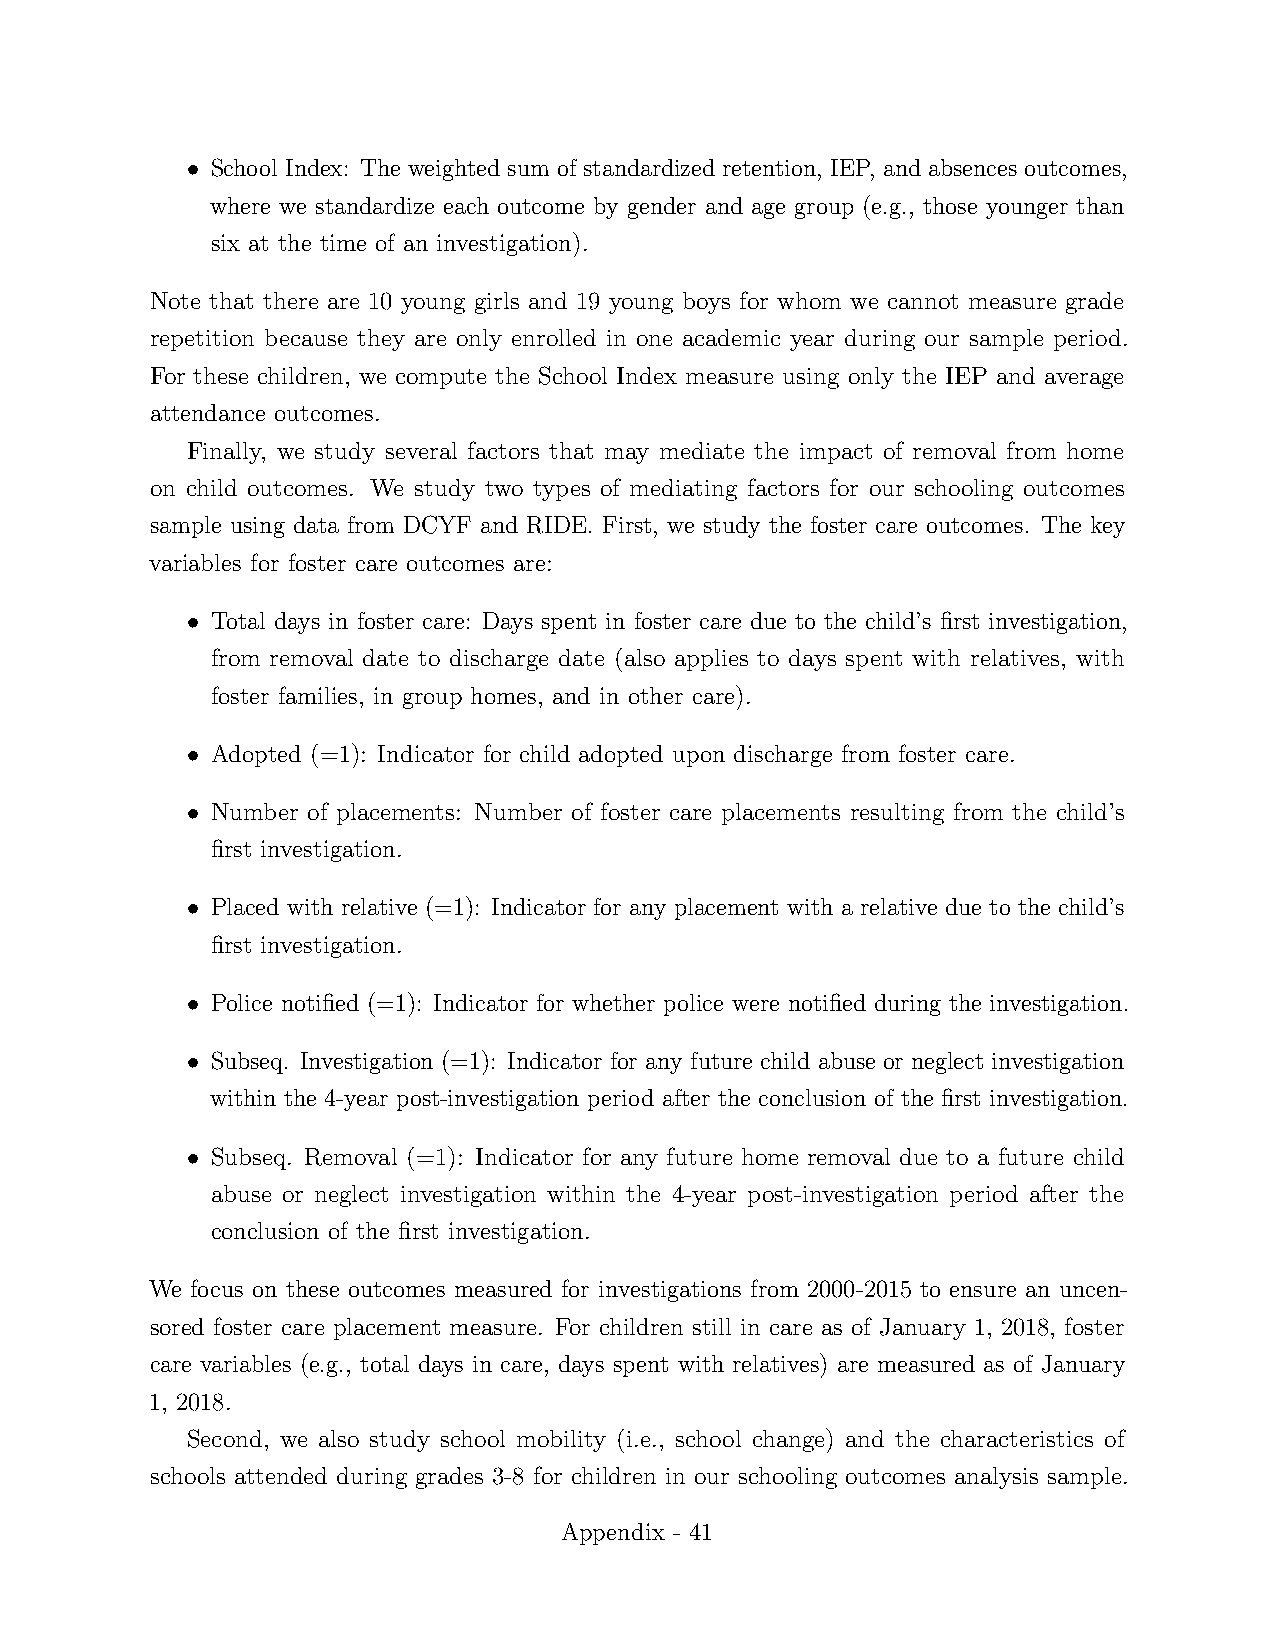
•
 School Index: The weighted sum of standardized retention, IEP, and absences outcomes,
 where we standardize each outcome by gender and age group (e.g., those younger than
 six at the time of an investigation).
 Note that there are 10 young girls and 19 young boys for whom we cannot measure grade
 repetition because they are only enrolled in one academic year during our sample period.
 For these children, we compute the School Index measure using only the IEP and average
 attendance outcomes.
 Finally, we study several factors that may mediate the impact of removal from home
 on child outcomes. We study two types of mediating factors for our schooling outcomes
 sample using data from DCYF and RIDE. First, we study the foster care outcomes. The key
 variables for foster care outcomes are:
 •
 Total days in foster care: Days spent in foster care due to the child’s first investigation,
 from removal date to discharge date (also applies to days spent with relatives, with
 foster families, in group homes, and in other care).
 •
 Adopted (=1): Indicator for child adopted upon discharge from foster care.
 •
 Number of placements: Number of foster care placements resulting from the child’s
 first investigation.
 •
 Placed with relative (=1): Indicator for any placement with a relative due to the child’s
 first investigation.
 •
 Police notified (=1): Indicator for whether police were notified during the investigation.
 •
 Subseq. Investigation (=1): Indicator for any future child abuse or neglect investigation
 within the 4-year post-investigation period after the conclusion of the first investigation.
 •
 Subseq. Removal (=1): Indicator for any future home removal due to a future child
 abuse or neglect investigation within the 4-year post-investigation period after the
 conclusion of the first investigation.
 We focus on these outcomes measured for investigations from 2000-2015 to ensure an uncen-
 sored foster care placement measure. For children still in care as of January 1, 2018, foster
 care variables (e.g., total days in care, days spent with relatives) are measured as of January
 1, 2018.
 Second, we also study school mobility (i.e., school change) and the characteristics of
 schools attended during grades 3-8 for children in our schooling outcomes analysis sample.
 Appendix - 41